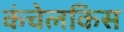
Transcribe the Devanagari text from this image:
कंचेलकिस